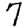
Digit: 7